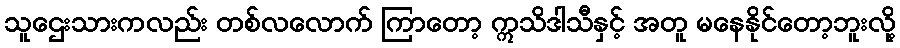
သူဌေးသားကလည်း တစ်လလောက် ကြာတော့ ဣသိဒါသီနှင့် အတူ မနေနိုင်တော့ဘူးလို့